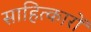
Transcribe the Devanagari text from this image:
साहित्कारों